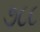
૭૮૮